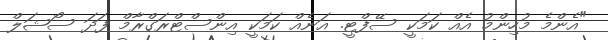
"އެންމެ މުހިންމު އެއް ކަމަކީ ސޭފްޓީ. އަނެއް ކަމަކީ އިންސްޓްރަގްރާމް ފަދަ ސޯޝަލް